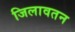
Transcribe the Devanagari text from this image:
जिलावतन